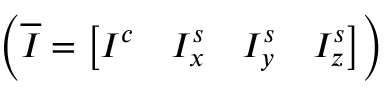
\left( \overline { { I } } = \left[ I ^ { c } \quad I _ { x } ^ { s } \quad I _ { y } ^ { s } \quad I _ { z } ^ { s } \right] \right)